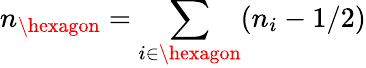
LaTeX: n_{\hexagon}=\sum_{i\in\hexagon}(n_{i}-1/2)